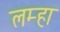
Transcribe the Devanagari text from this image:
लम्हा